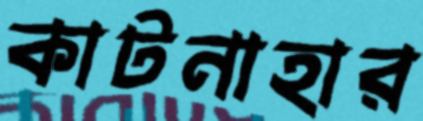
কাটনাহার